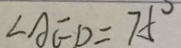
\angle A E D = 7 5 ^ { \circ }